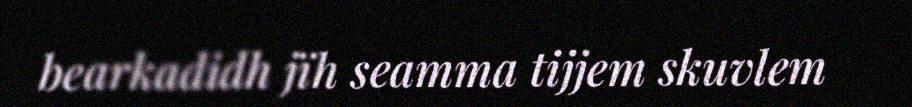
bearkadidh jïh seamma tijjem skuvlem